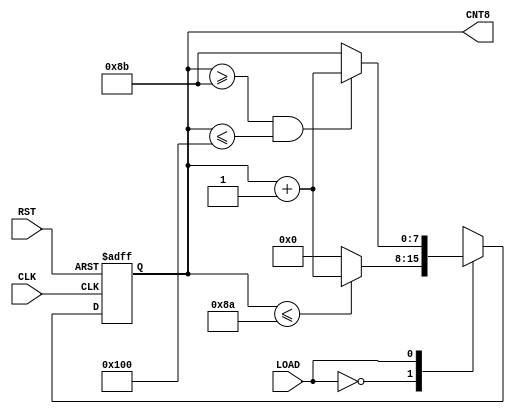
//--ROM
module CNT138T(CLK, RST, LOAD, CNT8);
	input CLK;
	input RST;
	input LOAD;
	output[7:0] CNT8;
	reg[7:0] CNT;
	
	always @(posedge CLK or negedge RST)
	begin
		if (!RST) CNT<=8'b00000000;
		else   
		begin
			case (LOAD)
				0:  
				begin      
					if (CNT<=138) CNT<=CNT+1;
					else CNT=0;
				end 
				1:
				begin 
					if (CNT>=139&&CNT<=256) CNT<=CNT+1;
					else CNT=139;
				end
			endcase	
		end
	end
	assign CNT8=CNT;	
	
endmodule